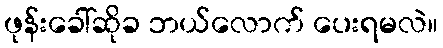
ဖုန်းခေါ်ဆိုခ ဘယ်လောက် ပေးရမလဲ။